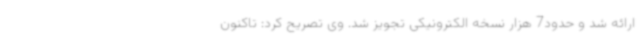
ارائه شد و حدود7 هزار نسخه الکترونیکی تجویز شد. وی تصریح کرد: تاکنون